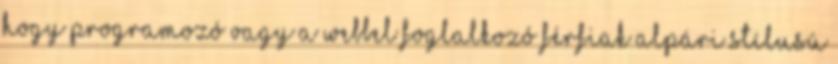
hogy programozó vagy a webbel foglalkozó férfiak alpári stílusú